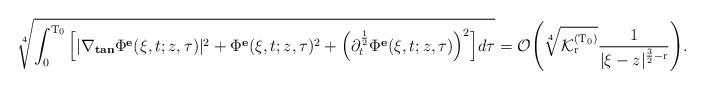
LaTeX: \begin{align*}\sqrt[4]{\int_{0}^\mathrm{T_0} \Big[|\nabla_{\textbf{tan}}\Phi^{\textbf{e}}(\xi,t;z,\tau)|^2 + \Phi^{\textbf{e}}(\xi,t;z,\tau)^2 + \Big(\partial_{t}^{\frac{1}{2}}\Phi^{\textbf{e}}(\xi,t;z,\tau)\Big)^2\Big] d\tau} = \mathcal{O}\Bigg(\sqrt[4]{\mathcal{K}^{(\mathrm{T_0})}_{\mathrm{r}}}\frac{1}{|\xi-z|^{\frac{3}{2}-\mathrm{r}}}\Bigg).\end{align*}